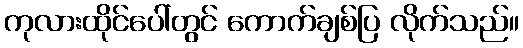
ကုလားထိုင်ပေါ်တွင် ကောက်ချစ်ပြ လိုက်သည်။